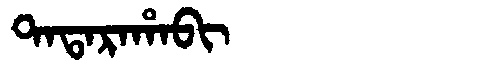
Manchu: ᡨᠠᡨᠠᡵᠠᡥᠠᠪᡳ
Romanization: TATARAHABI